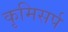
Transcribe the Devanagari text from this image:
कृमिसर्प